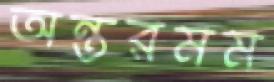
অন্তরমম